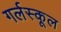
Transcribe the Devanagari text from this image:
गर्लस्कूल